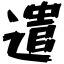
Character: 遣